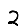
Digit: 2